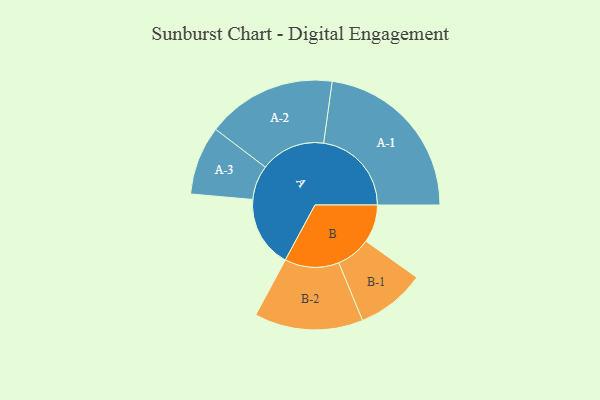
{"axis": {"x": "Segment", "y": "Value"}, "legend": ["", "A", "B"], "data": [{"x": "A", "y": 230, "type": ""}, {"x": "B", "y": 122, "type": ""}, {"x": "A-1", "y": 283, "type": "A"}, {"x": "A-2", "y": 209, "type": "A"}, {"x": "A-3", "y": 111, "type": "A"}, {"x": "B-1", "y": 111, "type": "B"}, {"x": "B-2", "y": 175, "type": "B"}]}